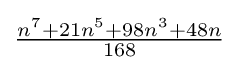
{\textstyle {{n^{7}+21n^{5}+98n^{3}+48n} \over 168}}